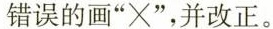
错误的画”×”，并改正。